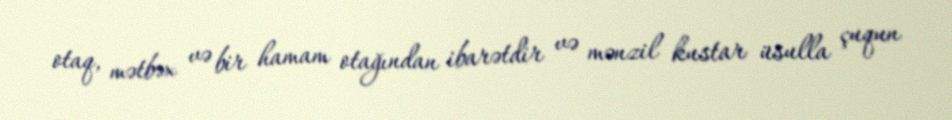
otaq, mətbəx və bir hamam otağından ibarətdir və mənzil kustar üsulla çuqun